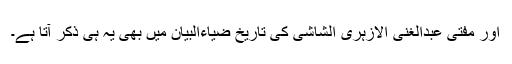
اور مفتی عبدالغنی الازہری الشاشی کی تاریخ ضیاءالبیان میں بھی یہ ہی ذکر آتا ہے۔